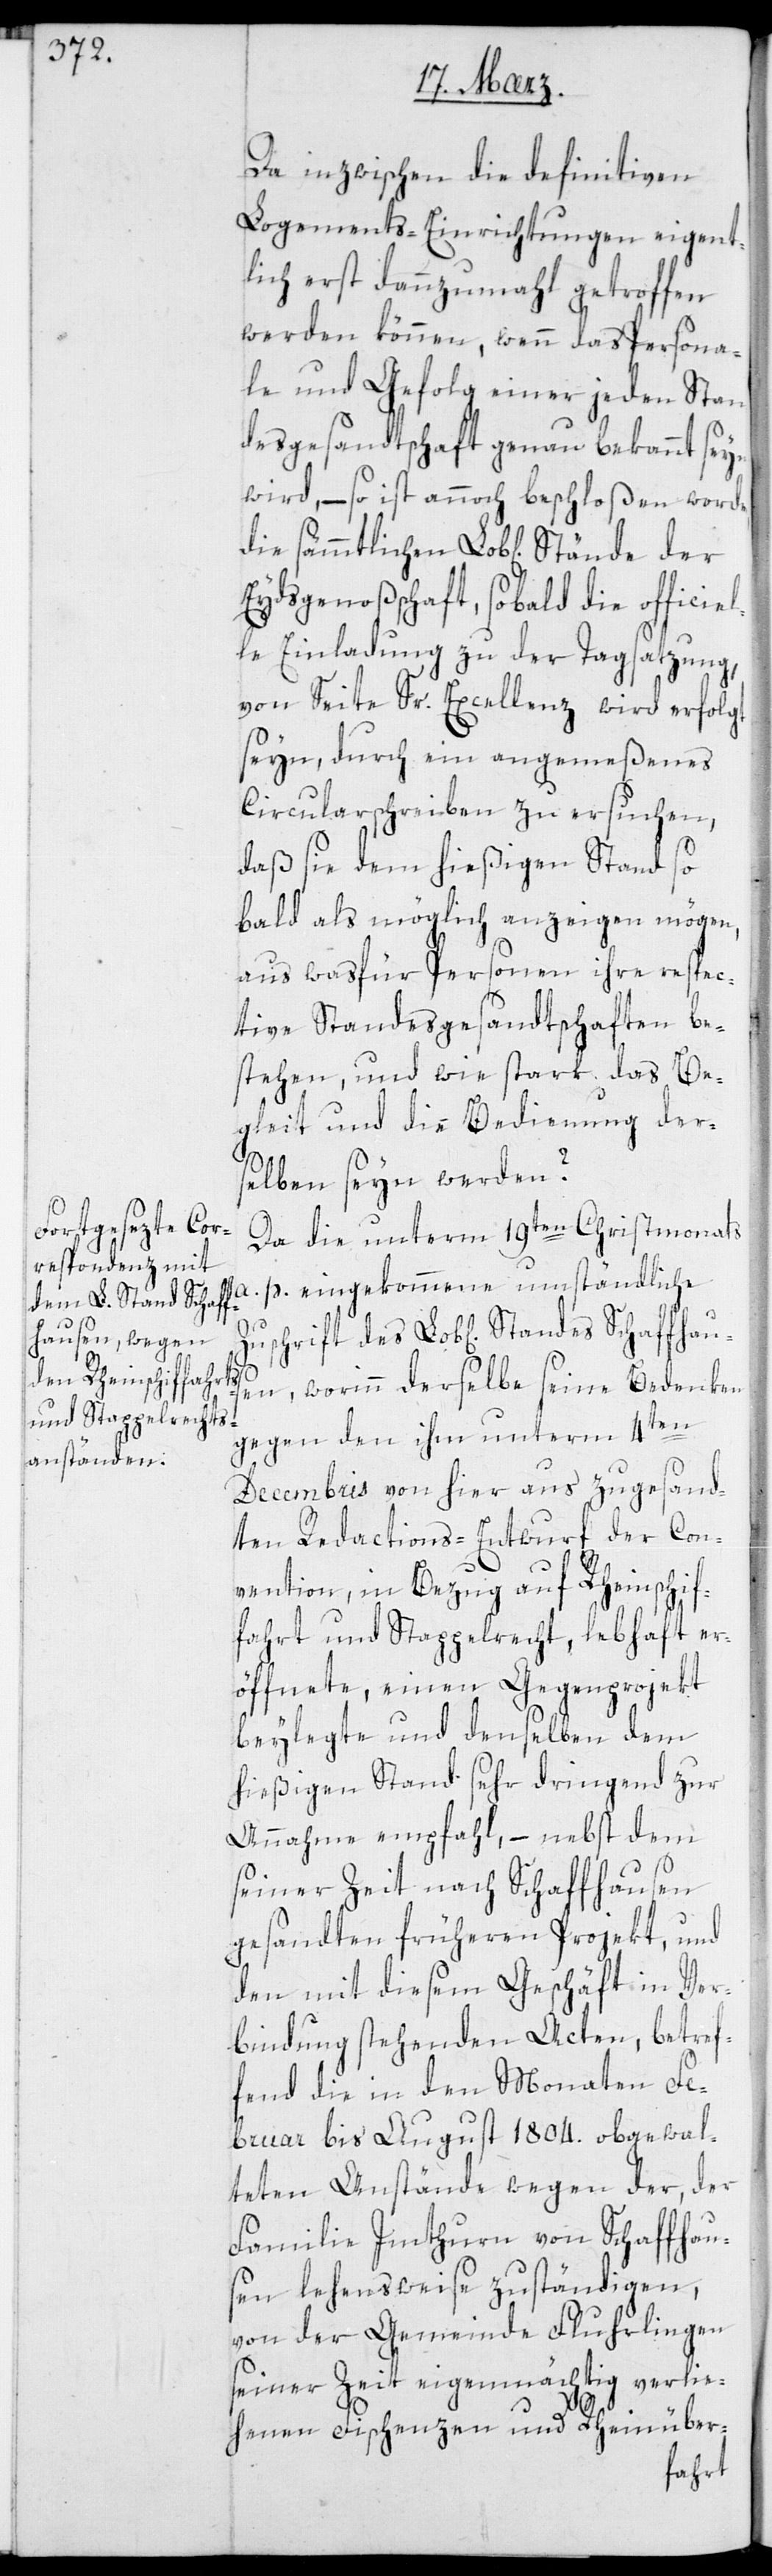
Da inzwischen die defintiven
Logements-Einrichtungen eigent¬
lich erst dannzumal getroffen
werden können, wenn das Persona¬
le und Gefolge einer jeden Stan¬
desgesandtschaft genau bekannt seyn
wird, – so ist annoch beschloßen worden,
Eydsgenoßenschaft, sobald die officie¬
lle Einladung zu der Tagsatzung,
von Seite Sr. Excellenz wird erfolgt
sein, durch ein angemeßenes
Circularschreiben zu ersuchen,
daß sie dem hießigen Stand so
bald als möglich anzeigen mögen,
aus was für Personen ihre respec¬
tive Standesgesandtschaften be¬
stehen, und wie stark das Be¬
gleit und die Bedienung der¬
selben seyn werden?
Da die unterm 19ten Christmonats
p. eingekommene umständliche
Zuschrift des Lob[lichen] Standes Schaffhaus¬
en, worinn derselbe seine Bedenken
gegen den ihm unterm 4ten
Decembris von hier aus zugesand¬
ten Redactions-Entwurf der Con¬
vention, in Bezug auf Rheinschif¬
fahrt und Stappelrecht, lebhaft er¬
öffnete, einen Gegenprojekt
beilegte und denselben dem
hießigen Stand sehr dringend zur
Annahme empfahl, – nebst dem
seiner Zeit nach Schaffhausen
gesandten früheren Projekt, und
den mit diesem Geschäft in Ver¬
bindung stehenden Acten, betref¬
fend die in den Monaten Fe¬
bruar bis August 1804. obgewal¬
teten Anstände wegen der, der
Familie Imthurn von Schaffhau¬
sen lehensweise zuständigen,
von der Gemeinde Fluhrlingen
seiner Zeit eigenmächtig verlie¬
henen Fischenzen und Rheinüber-